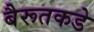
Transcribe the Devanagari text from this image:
बैरूतकडे